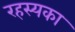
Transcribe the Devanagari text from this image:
रहस्यका